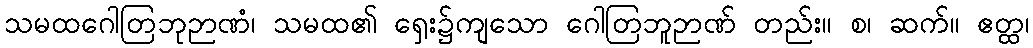
သမထဂေါတြဘုဉာဏံ၊ သမထ၏ ရှေး၌ကျသော ဂေါတြဘူဉာဏ် တည်း။ စ၊ ဆက်။ ဧတ္ထ၊